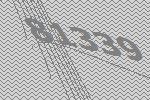
81339